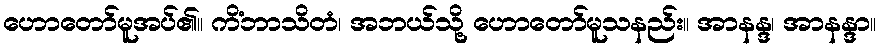
ဟောတော်မူအပ်၏။ ကိံဘာသိတံ၊ အဘယ်သို့ ဟောတော်မူသနည်း။ အာနန္ဒ၊ အာနန္ဒာ။